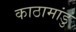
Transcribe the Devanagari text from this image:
काठामांडु